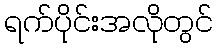
ရက်ပိုင်းအလိုတွင်